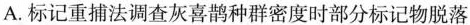
A.标记重捕法调查灰喜鹊种群密度时部分标记物脱落